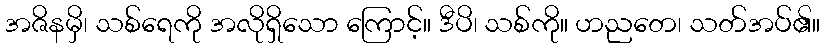
အဇိနမှိ၊ သစ်ရေကို အလိုရှိသော ကြောင့်။ ဒီပိ၊ သစ်ကို။ ဟညတေ၊ သတ်အပ်၏။